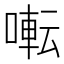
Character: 𫝚